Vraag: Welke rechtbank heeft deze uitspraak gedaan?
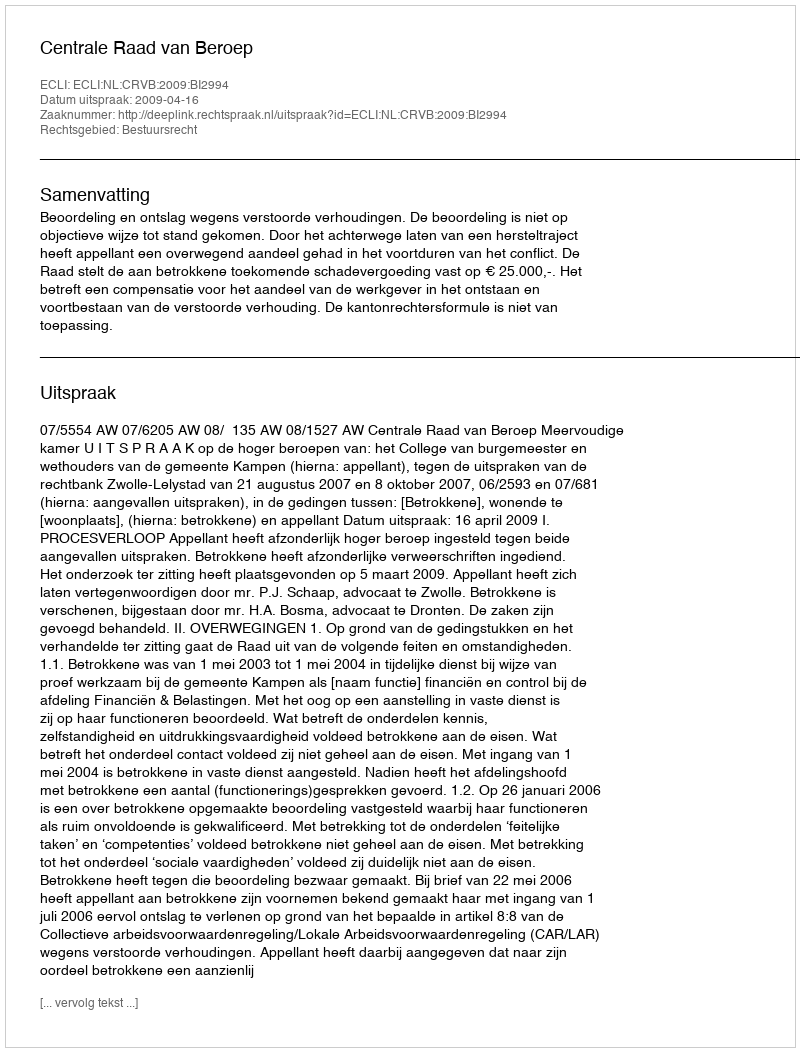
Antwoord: Centrale Raad van Beroep